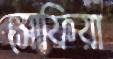
সোফিয়া